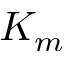
K _ { m }